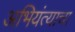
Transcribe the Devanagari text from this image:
अभियंत्याचा